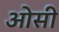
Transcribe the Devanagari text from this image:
ओसी